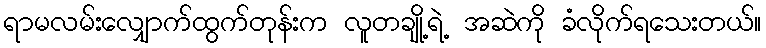
ရာမလမ်းလျှောက်ထွက်တုန်းက လူတချို့ရဲ့ အဆဲကို ခံလိုက်ရသေးတယ်။